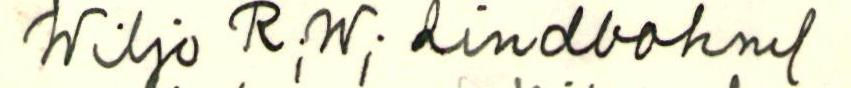
Wiljo R;W; Lindbohm